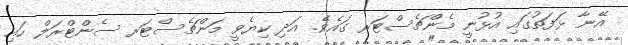
އޭނާ ޅަފަތުގައި އުޅުނީ މެންޗެސްޓަރ ގައެވެ. އަދި ކިޔެވީ މަންޗެސްޓަރ ސެންޓްރަލް ހައި